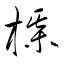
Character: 楳